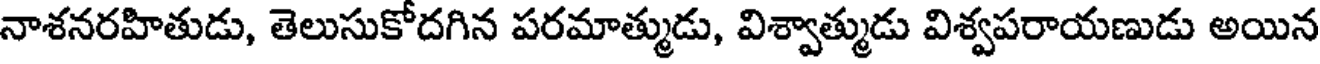
నాశనరహితుడు, తెలుసుకోదగిన పరమాత్ముడు, విశ్వాత్ముడు విశ్వపరాయణుడు అయిన